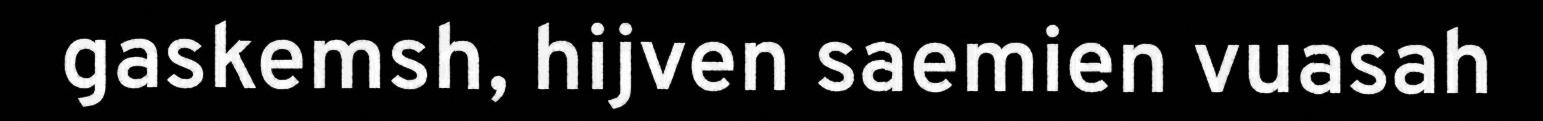
gaskemsh, hijven saemien vuasah